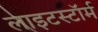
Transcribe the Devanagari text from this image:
लाइटस्टॉर्म